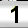
Digit: 1